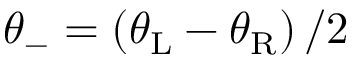
\theta _ { - } = \left( \theta _ { \mathrm { L } } - \theta _ { \mathrm { R } } \right) / 2